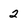
Character: 2